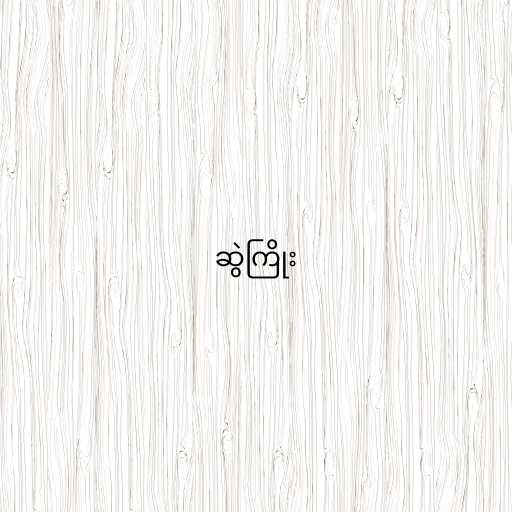
ဆွဲကြိုး